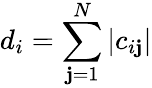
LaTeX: d_{i}=\sum_{\mathbf{j}=1}^{N}|c_{i\mathbf{j}}|